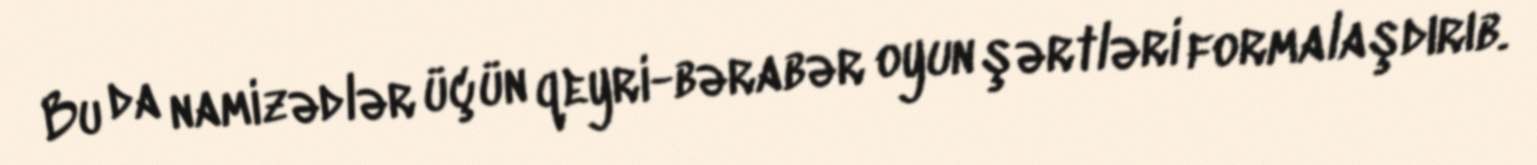
Bu da namizədlər üçün qeyri-bərabər oyun şərtləri formalaşdırıb.